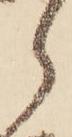
ら